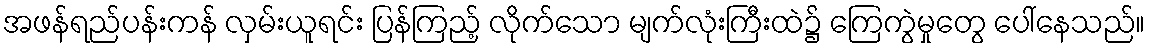
အဖန်ရည်ပန်းကန် လှမ်းယူရင်း ပြန်ကြည့် လိုက်သော မျက်လုံးကြီးထဲ၌ ကြေကွဲမှုတွေ ပေါ်နေသည်။